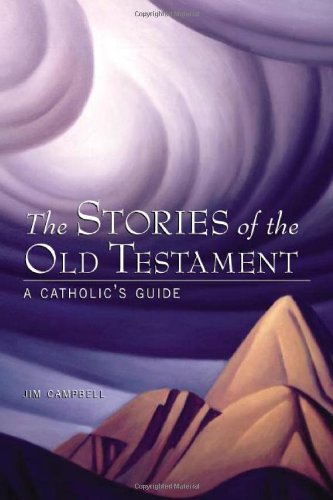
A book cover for The Stories of the Old Testament; James P. Campbell MA  DMin; Christian Books & Bibles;